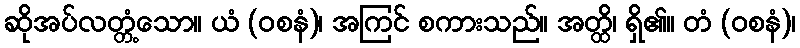
ဆိုအပ်လတ္တံ့သော။ ယံ (ဝစနံ)၊ အကြင် စကားသည်။ အတ္ထိ၊ ရှိ၏။ တံ (ဝစနံ)၊